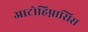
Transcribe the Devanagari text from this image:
आटोहिप्नासिस